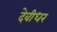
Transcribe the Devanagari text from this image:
देवीधर